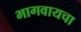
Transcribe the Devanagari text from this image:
भागवायचा